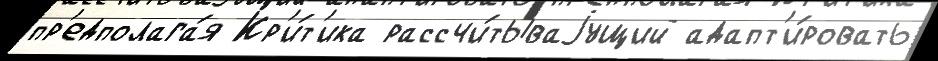
пр'едполага́я Кр'и́т'ика рассчи́тываjущий адапт'и́ровать